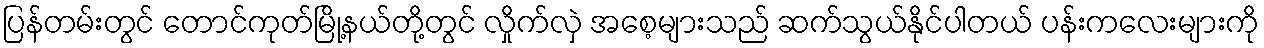
ပြန်တမ်းတွင် တောင်ကုတ်မြို့နယ်တို့တွင် လှိုက်လှဲ အစေ့များသည် ဆက်သွယ်နိုင်ပါတယ် ပန်းကလေးများကို